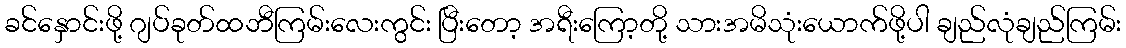
ခင်နှောင်းဖို့ ဂျပ်ခုတ်ထဘီကြမ်းလေးကွင်း ပြီးတော့ အရီးကြော့တို့ သားအမိသုံးယောက်ဖို့ပါ ချည်လုံချည်ကြမ်း